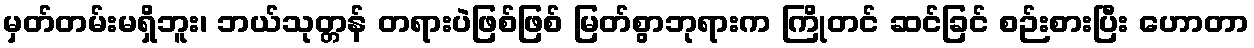
မှတ်တမ်းမရှိဘူး၊ ဘယ်သုတ္တန် တရားပဲဖြစ်ဖြစ် မြတ်စွာဘုရားက ကြိုတင် ဆင်ခြင် စဉ်းစားပြီး ဟောတာ